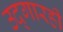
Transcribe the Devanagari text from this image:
उद्‌गारही